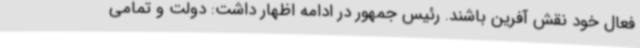
فعال خود نقش آفرین باشند. رئیس جمهور در ادامه اظهار داشت: دولت و تمامی